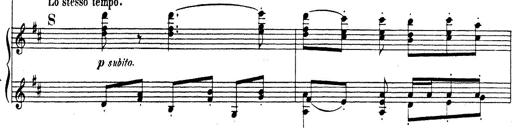
Title: Rhapsodie espagnole
Composer: Franz Liszt